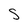
Character: S